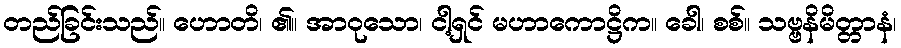
တည်ခြင်းသည်။ ဟောတိ၊ ၏။ အာဝုသော၊ ငါ့ရှင် မဟာကောဋ္ဌိက။ ခေါ၊ စစ်။ သဗ္ဗနိမိတ္တာနံ၊